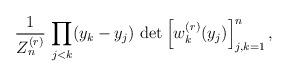
LaTeX: \begin{align*} \frac{1}{Z_n^{(r)}} \, \prod_{j < k} (y_k-y_j) \, \det \left[ w_k^{(r)}(y_j) \right]_{j,k=1}^n ,\end{align*}